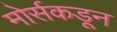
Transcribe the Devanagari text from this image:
मोर्सकडून